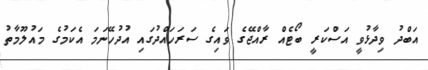
އަބްދު ވިދާޅުވީ އަސްކަރީ ބޯޓެއް ރާއްޖޭގެ ވައިގެ ސަރަހައްދުގައި އުދުހޭނަމަ އެކަމުގެ މައުލޫމާތު